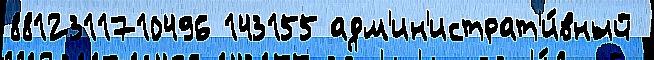
8812311710496 143155 адм'ин'истрат'и́вный